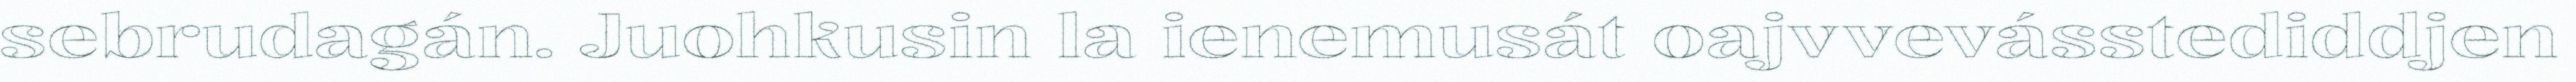
sebrudagán. Juohkusin la ienemusát oajvvevásstediddjen